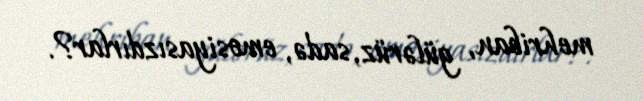
mehriban, gülərüz, sadə, emosiyasızdırlar?.